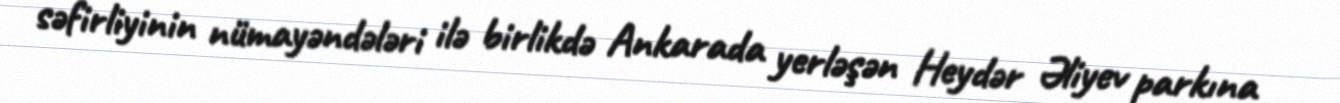
səfirliyinin nümayəndələri ilə birlikdə Ankarada yerləşən Heydər Əliyev parkına